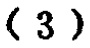
-3